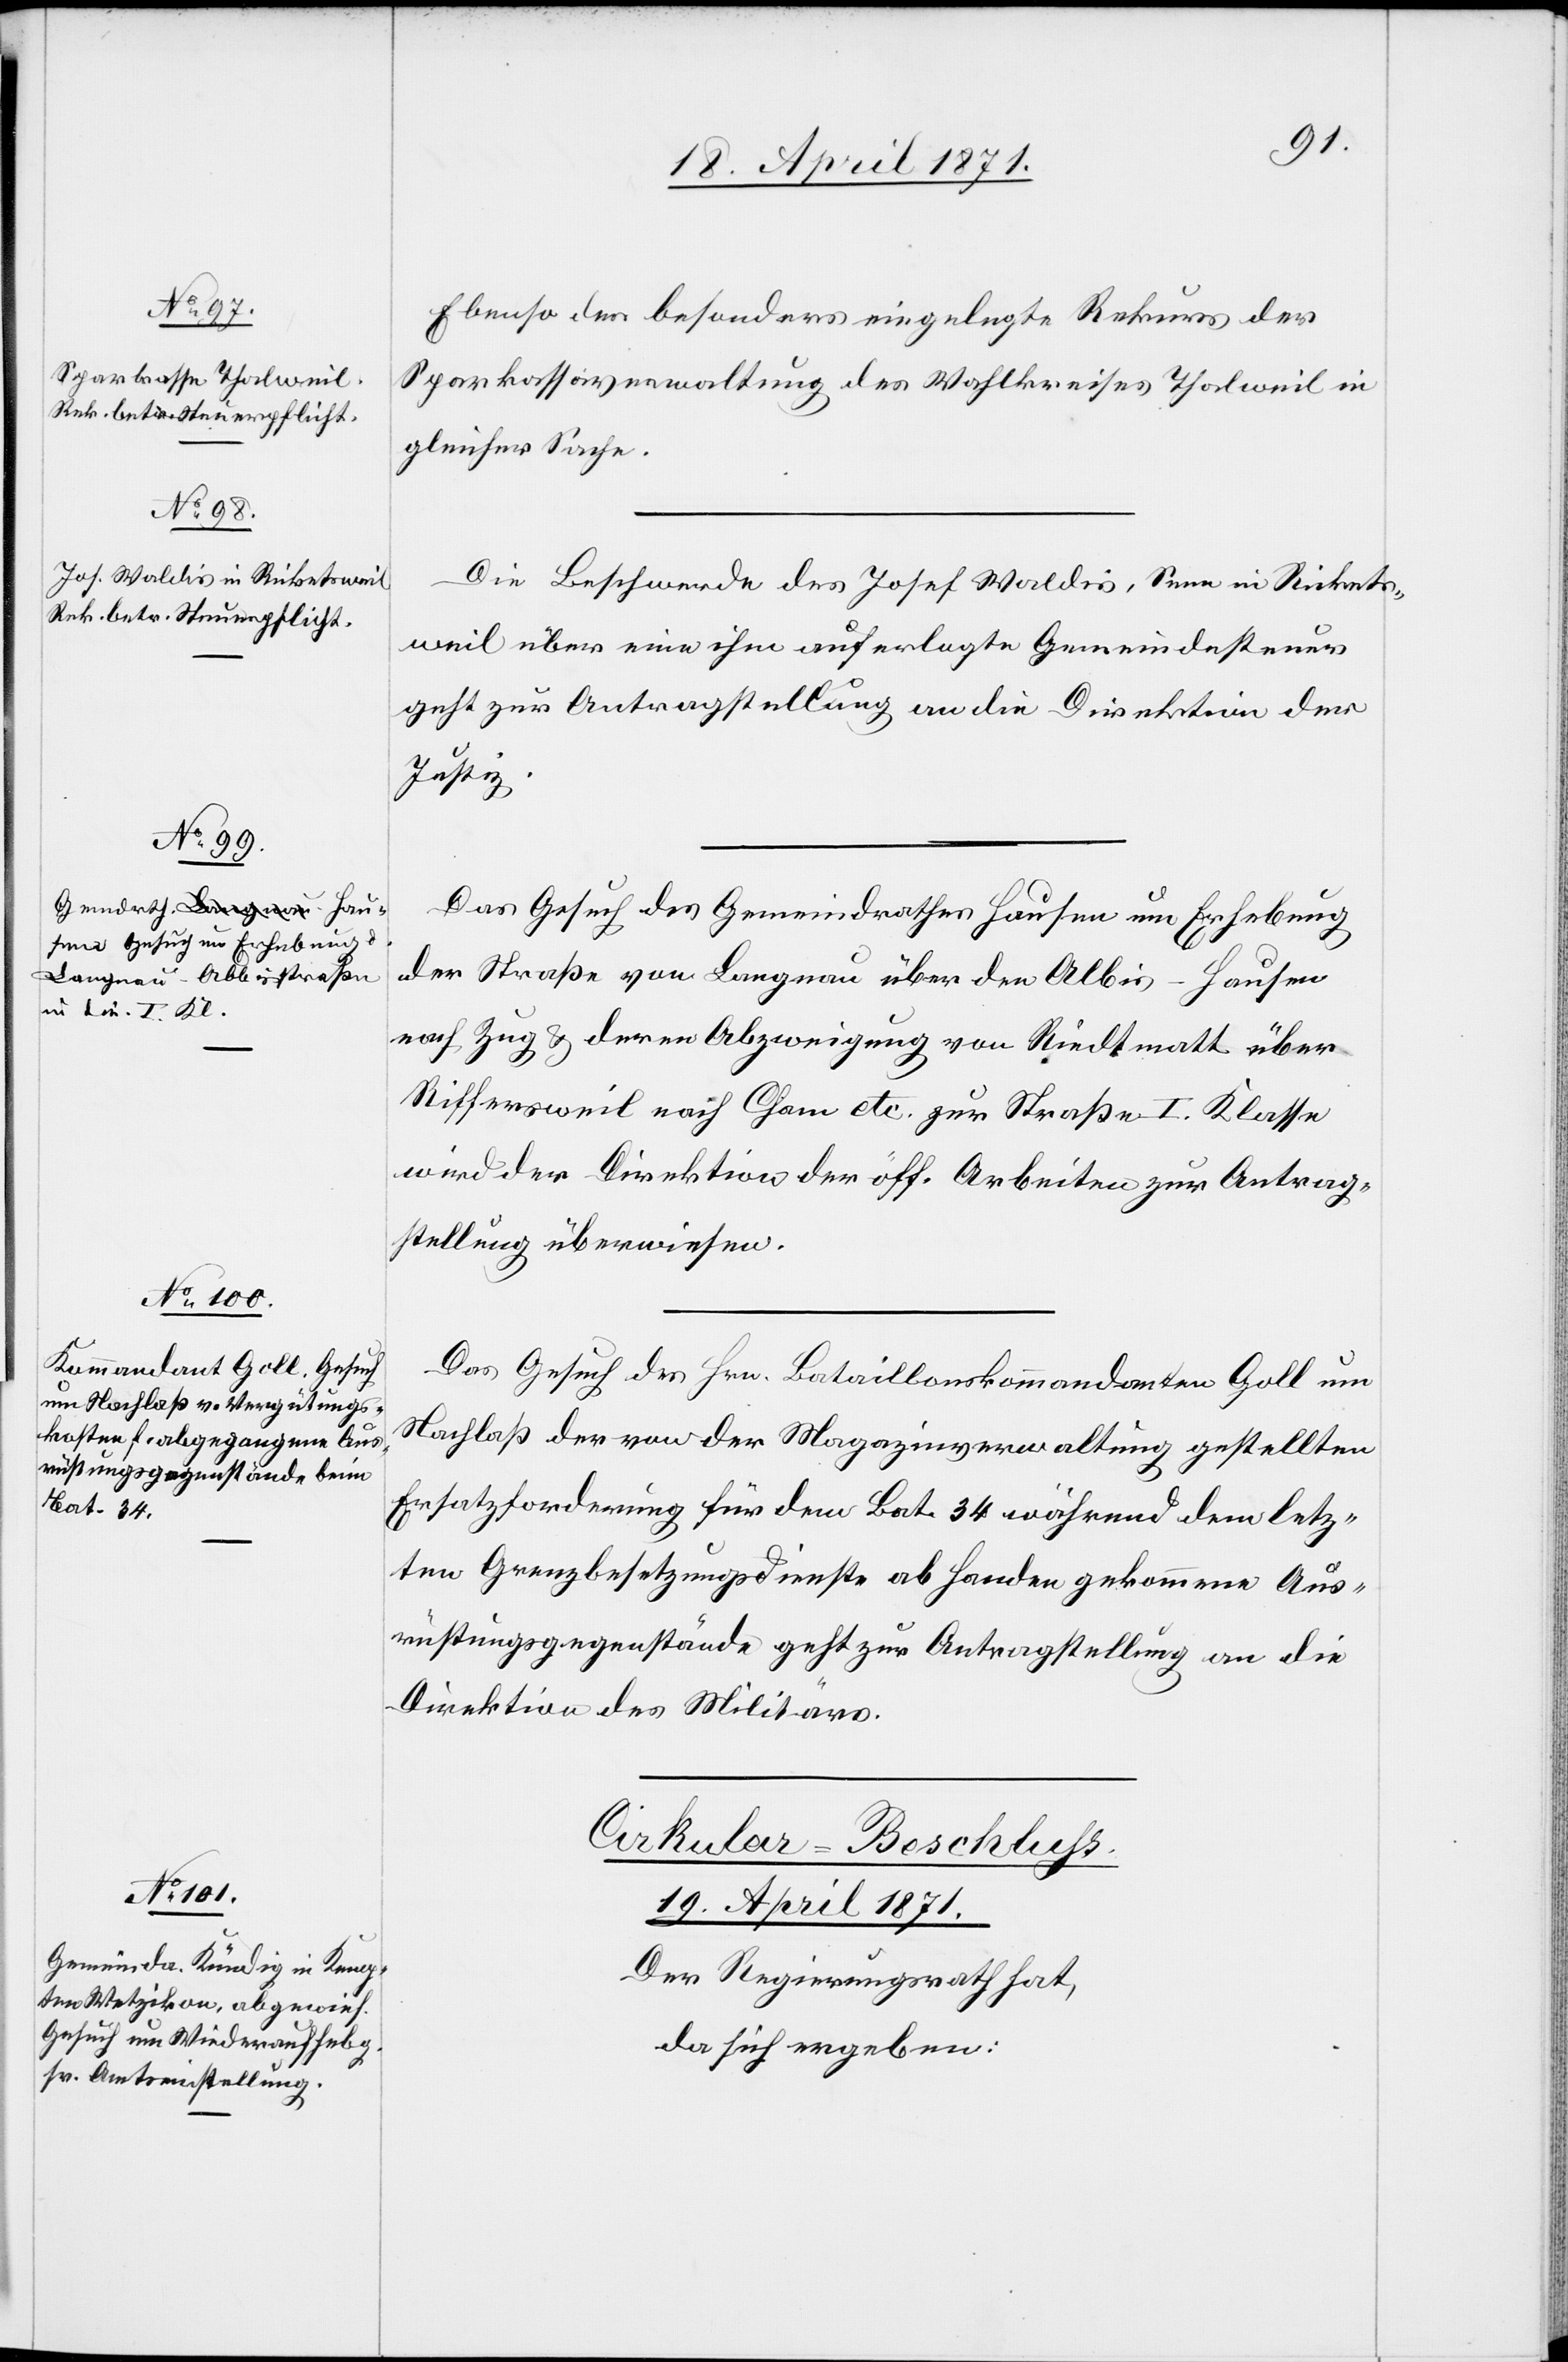
18. April 1871.]
Ebenso der besonders eingelegte Rekurs der
Sparkassaverwaltung des Wahlkreises Thalweil in
gleicher Sache.
Die Beschwerde des Josef Waldis, Senn in Rickets¬
weil über eine ihm auferlegte Gemeindesteuer
geht zur Antragstellung an die Direktion der
Justiz.
Das Gesuch des Gemeindrathes Hausen um Erhebung
der Straße von Langnau über den Albis – Hausen
nach Zug u. deren Abzweigung von Riedtmatt über
Riffersweil nach Cham etc. zur Straße I. Klasse
wird der Direktion der öff. Arbeiten zur Antrag¬
stellung überwiesen.
Das Gesuch des Hrn. Bataillonskommandanten Goll um
Nachlaß der von der Magazinverwaltung gestellten
Ersatzforderung für dem Bat. 34 während dem letz¬
ten Grenzbesetzungsdienste ab Handen gekommene Aus¬
rüstungsgegenstände geht zur Antragstellung an die
Direktion des Militärs.
Cirkular-Beschluß.
19. April 1871.
Der Regierungsrath hat,
da sich ergeben: